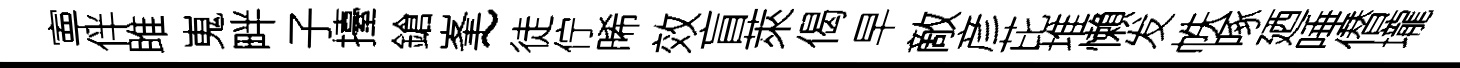
寕伴雎嵬畔子擡鎗峯~徒佇晞效盲萊偈早敵彦芘堆懶发帙啄廼唾僣壠